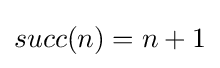
succ(n)=n+1